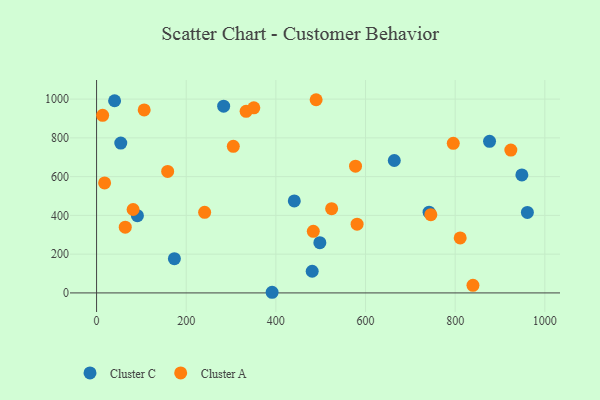
{"axis": {"x": "Study Hours", "y": "Fuel Efficiency"}, "legend": ["Cluster A", "Cluster C"], "data": [{"x": "283.5", "y": 963.7, "type": "Cluster C"}, {"x": "876.7", "y": 782.3, "type": "Cluster C"}, {"x": "54.0", "y": 773.2, "type": "Cluster C"}, {"x": "40.2", "y": 991.4, "type": "Cluster C"}, {"x": "91.1", "y": 398.5, "type": "Cluster C"}, {"x": "481.0", "y": 111.8, "type": "Cluster C"}, {"x": "173.6", "y": 176.5, "type": "Cluster C"}, {"x": "664.2", "y": 683.3, "type": "Cluster C"}, {"x": "441.1", "y": 474.4, "type": "Cluster C"}, {"x": "741.8", "y": 416.4, "type": "Cluster C"}, {"x": "498.1", "y": 259.1, "type": "Cluster C"}, {"x": "961.1", "y": 415.1, "type": "Cluster C"}, {"x": "948.8", "y": 608.8, "type": "Cluster C"}, {"x": "391.6", "y": 3.3, "type": "Cluster C"}, {"x": "64.0", "y": 339.0, "type": "Cluster A"}, {"x": "333.6", "y": 937.2, "type": "Cluster A"}, {"x": "839.7", "y": 39.4, "type": "Cluster A"}, {"x": "241.1", "y": 415.6, "type": "Cluster A"}, {"x": "13.5", "y": 916.5, "type": "Cluster A"}, {"x": "483.5", "y": 317.9, "type": "Cluster A"}, {"x": "17.9", "y": 567.5, "type": "Cluster A"}, {"x": "924.2", "y": 737.2, "type": "Cluster A"}, {"x": "795.8", "y": 771.6, "type": "Cluster A"}, {"x": "158.6", "y": 626.7, "type": "Cluster A"}, {"x": "745.7", "y": 403.8, "type": "Cluster A"}, {"x": "811.2", "y": 283.7, "type": "Cluster A"}, {"x": "305.0", "y": 756.2, "type": "Cluster A"}, {"x": "81.5", "y": 430.3, "type": "Cluster A"}, {"x": "106.2", "y": 944.3, "type": "Cluster A"}, {"x": "350.8", "y": 954.8, "type": "Cluster A"}, {"x": "524.4", "y": 434.6, "type": "Cluster A"}, {"x": "581.2", "y": 354.9, "type": "Cluster A"}, {"x": "489.8", "y": 996.8, "type": "Cluster A"}, {"x": "577.7", "y": 653.9, "type": "Cluster A"}]}